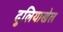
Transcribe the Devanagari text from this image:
दुलियाखेल